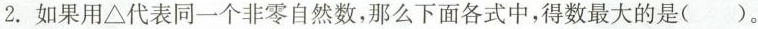
2.如果用△代表同一个非零自然数，那么下面各式中，得数最大的是( )。